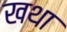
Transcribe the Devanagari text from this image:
खथा